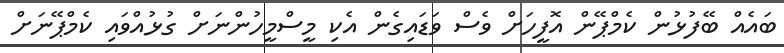
ބައެއް ބޭފުޅުން ކެމްޕޭން އޮފީހަށް ވެސް ވަޑައިގެން އެކި މީސްމީހުންނަށް ގުޅުއްވައި ކެމްޕޭނަށް